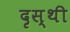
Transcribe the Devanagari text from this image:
दृस्थी